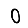
Digit: 0